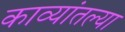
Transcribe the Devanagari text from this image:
काव्यांतल्या